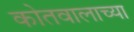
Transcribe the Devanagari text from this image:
कोतवालाच्या